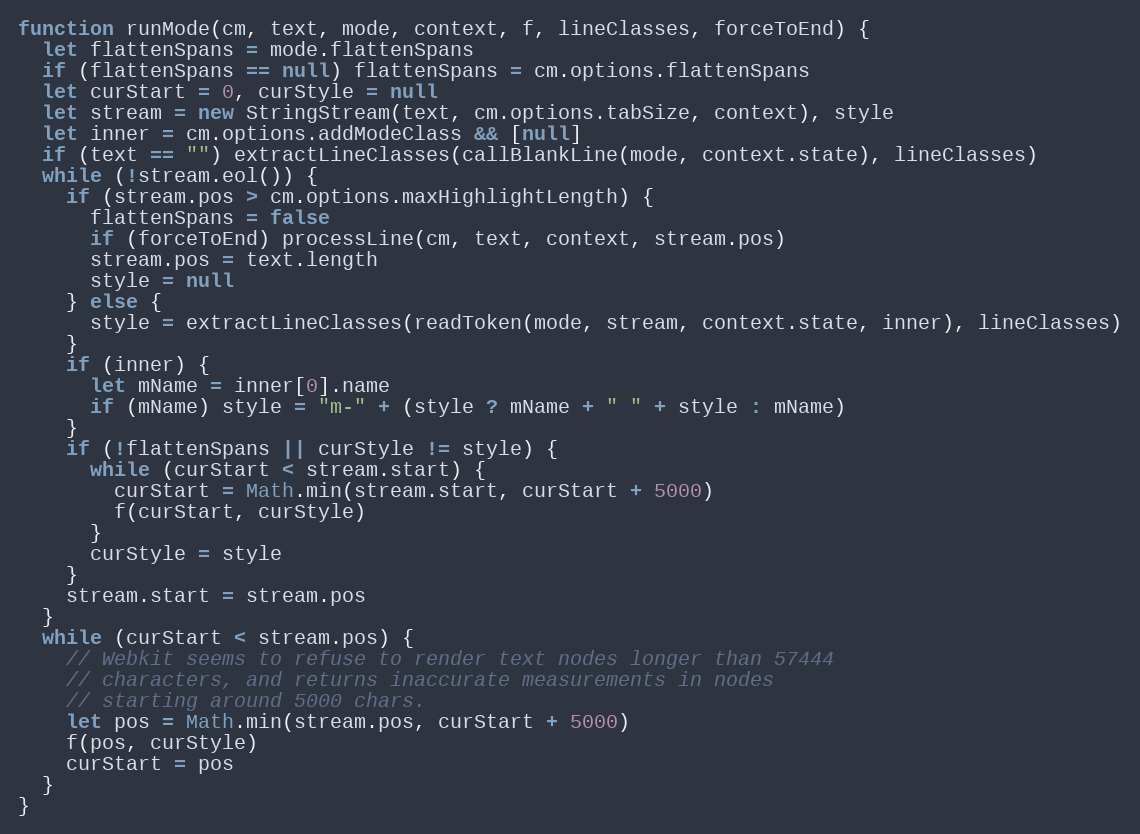
Language: JavaScript
function runMode(cm, text, mode, context, f, lineClasses, forceToEnd) {
  let flattenSpans = mode.flattenSpans
  if (flattenSpans == null) flattenSpans = cm.options.flattenSpans
  let curStart = 0, curStyle = null
  let stream = new StringStream(text, cm.options.tabSize, context), style
  let inner = cm.options.addModeClass && [null]
  if (text == "") extractLineClasses(callBlankLine(mode, context.state), lineClasses)
  while (!stream.eol()) {
    if (stream.pos > cm.options.maxHighlightLength) {
      flattenSpans = false
      if (forceToEnd) processLine(cm, text, context, stream.pos)
      stream.pos = text.length
      style = null
    } else {
      style = extractLineClasses(readToken(mode, stream, context.state, inner), lineClasses)
    }
    if (inner) {
      let mName = inner[0].name
      if (mName) style = "m-" + (style ? mName + " " + style : mName)
    }
    if (!flattenSpans || curStyle != style) {
      while (curStart < stream.start) {
        curStart = Math.min(stream.start, curStart + 5000)
        f(curStart, curStyle)
      }
      curStyle = style
    }
    stream.start = stream.pos
  }
  while (curStart < stream.pos) {
    // Webkit seems to refuse to render text nodes longer than 57444
    // characters, and returns inaccurate measurements in nodes
    // starting around 5000 chars.
    let pos = Math.min(stream.pos, curStart + 5000)
    f(pos, curStyle)
    curStart = pos
  }
}